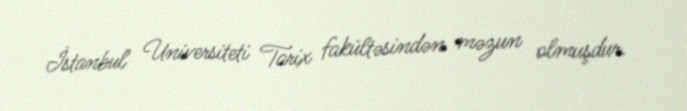
İstanbul Universiteti Tarix fakültəsindən məzun olmuşdur.